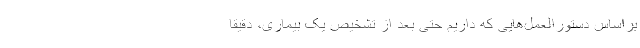
براساس دستورالعمل‌هایی که داریم حتی بعد از تشخیص یک بیماری، دقیقاً